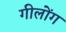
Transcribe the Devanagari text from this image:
गीलोंग